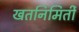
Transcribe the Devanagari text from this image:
खतनिमिर्ती